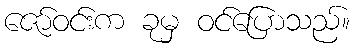
ဇော်ဝင်းက ခုမှ ဝင်ပြောသည်။